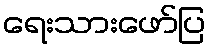
ရေးသားဖော်ပြ